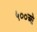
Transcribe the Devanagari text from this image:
५००ओ